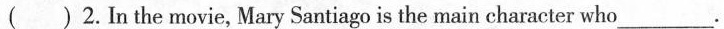
( )2.In the movie, Mary Santiago is the main character who___.